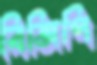
বিজিপি